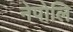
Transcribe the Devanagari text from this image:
नेपोलि